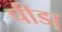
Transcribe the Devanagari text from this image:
पीडा़